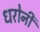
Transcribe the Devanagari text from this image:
धरोनी